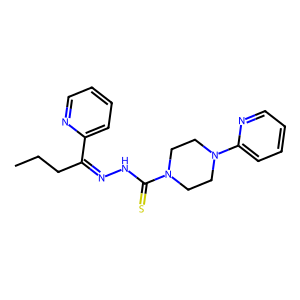
SMILES: CCCC(=NNC(=S)N1CCN(c2ccccn2)CC1)c1ccccn1
Inhibits HIV replication: No